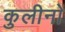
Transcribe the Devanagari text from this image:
कुलीनाें